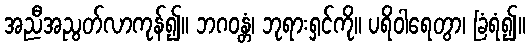
အညီအညွတ်လာကုန်၍။ ဘဂဝန္တံ၊ ဘုရားရှင်ကို။ ပရိဝါရေတွာ၊ ခြံရံ၍။